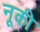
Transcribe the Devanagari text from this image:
नूकी